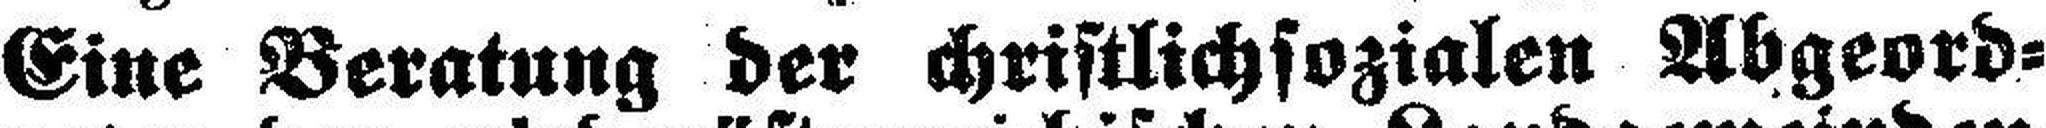
Eine Beratung der christlichsozialen Abgeord¬